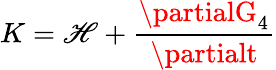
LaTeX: K=\mathscr{H}+{\frac{{\partialG_{4}}}{{\partialt}}}